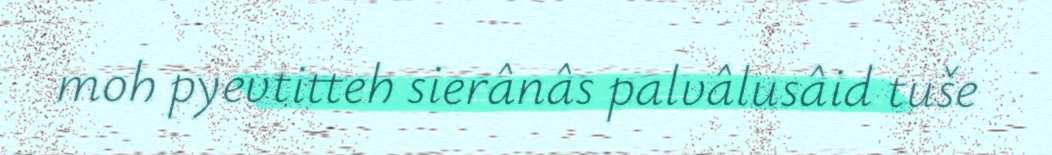
moh pyevtitteh sierânâs palvâlusâid tuše